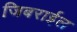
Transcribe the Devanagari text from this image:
जिबराईल